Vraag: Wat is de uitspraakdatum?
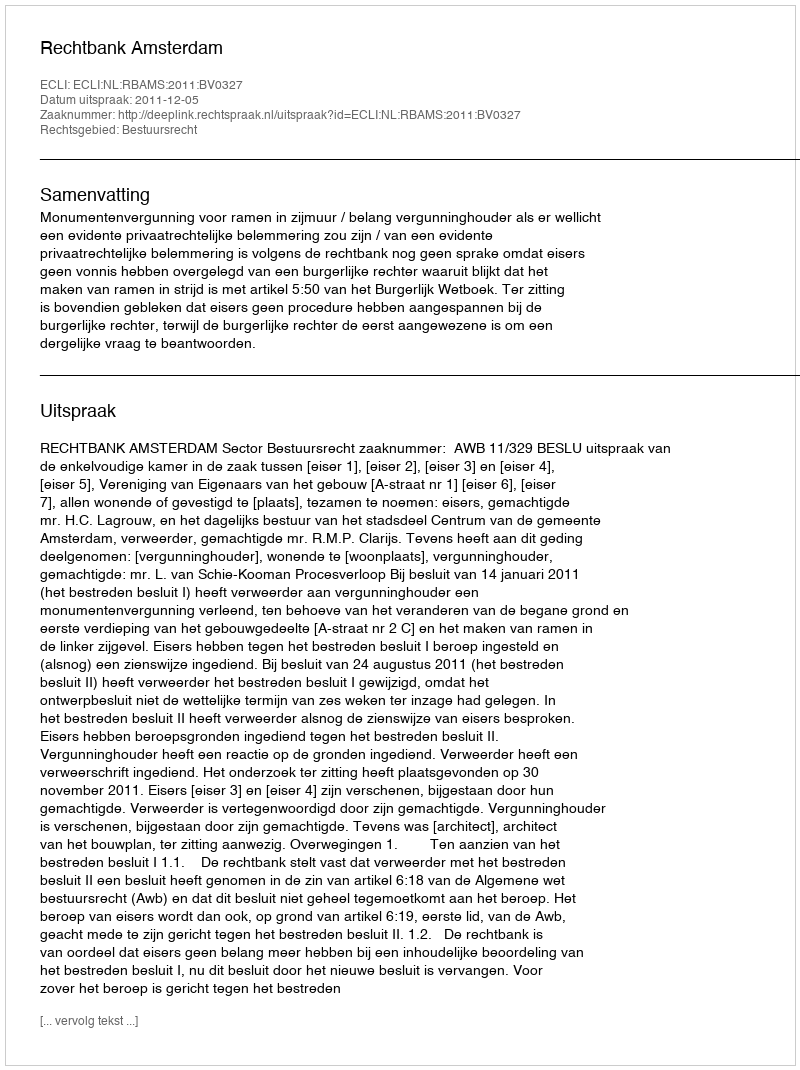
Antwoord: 2011-12-05